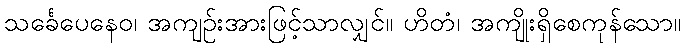
သင်္ခေပေနေဝ၊ အကျဉ်းအားဖြင့်သာလျှင်။ ဟိတံ၊ အကျိုးရှိစေကုန်သော။